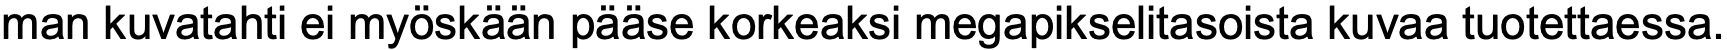
man kuvatahti ei myöskään pääse korkeaksi megapikselitasoista kuvaa tuotettaessa.